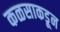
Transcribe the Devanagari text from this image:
कळसाकडून